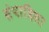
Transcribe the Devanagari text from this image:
संपादिला